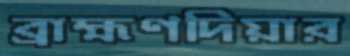
ব্রাহ্মণদিয়ার